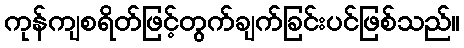
ကုန်ကျစရိတ်ဖြင့်တွက်ချက်ခြင်းပင်ဖြစ်သည်။